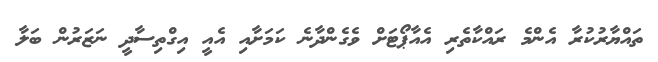
ތައްޔާރުކުރާ އެެންމެ ރައްކާތެރި އެއާޕޯޓަށް ވެގެންދާނެ ކަމަށާއި އެއީ އިގްތިސާދީ ނަޒަރުން ބަލާ